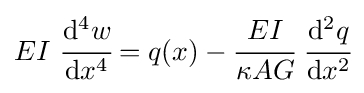
EI~{\cfrac {\mathrm {d} ^{4}w}{\mathrm {d} x^{4}}}=q(x)-{\cfrac {EI}{\kappa AG}}~{\cfrac {\mathrm {d} ^{2}q}{\mathrm {d} x^{2}}}